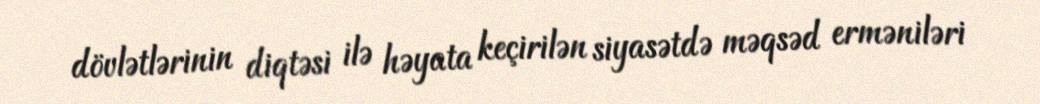
dövlətlərinin diqtəsi ilə həyata keçirilən siyasətdə məqsəd erməniləri